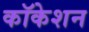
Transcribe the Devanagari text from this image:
कॉकेशन